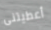
أعطيتنى